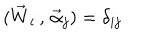
( { \vec { W } } _ { i } \, , \, { \vec { \alpha } } _ { j } ) = \delta _ { i j }